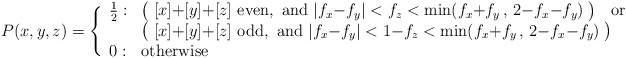
\begin{align*}P(x,y,z) = \Bigg\{ \begin{array}{ll} \frac{1}{2} : &\big(\; [x]{+}[y]{+}[z] {\rm~even,~and~} |f_x{-}f_y|<f_z<\min(f_x{+}f_y\,,\,2{-}f_x{-}f_y) \;\big)\;\;{\rm~or}\\ & \big(\; [x]{+}[y]{+}[z] {\rm~odd,~and~} |f_x{-}f_y|<1{-}f_z<\min(f_x{+}f_y\,,\,2{-}f_x{-}f_y) \;\big)\\ 0 : & {\rm otherwise} \end{array}\end{align*}